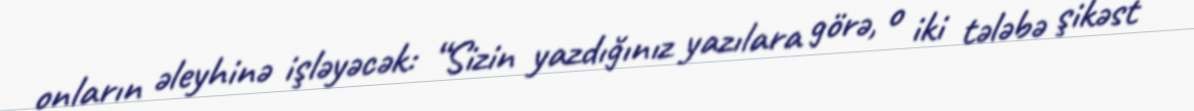
onların əleyhinə işləyəcək: “Sizin yazdığınız yazılara görə, o iki tələbə şikəst